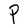
Character: P